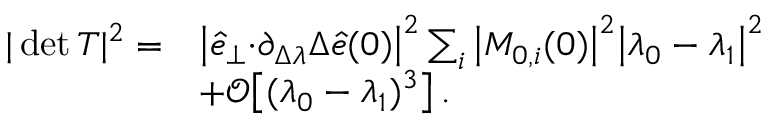
\begin{array} { r l } { \vert \operatorname* { d e t } T \vert ^ { 2 } = } & { { \big \vert \hat { e } _ { \perp } { \cdot } \partial _ { \Delta \lambda } \Delta \hat { e } ( 0 ) \big \vert ^ { 2 } \sum _ { i } \big \vert M _ { 0 , i } ( 0 ) \big \vert ^ { 2 } } \big \vert \lambda _ { 0 } - \lambda _ { 1 } \big \vert ^ { 2 } } \\ & { + \mathcal { O } \big [ ( \lambda _ { 0 } - \lambda _ { 1 } ) ^ { 3 } \big ] \, . } \end{array}